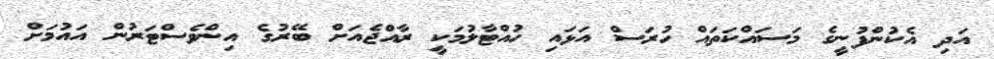
އަދި އެކުންފުނީގެ މަސައްކަތައް ހުރަސް އަޅައި ހުއްޓާލުމަކީ ރާއްޖެއަށް ބޭރުގެ އިންވެސްޓަރުން އައުމަށް